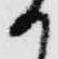
か